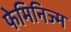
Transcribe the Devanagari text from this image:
फेमिनिज्म